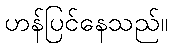
ဟန်ပြင်နေသည်။